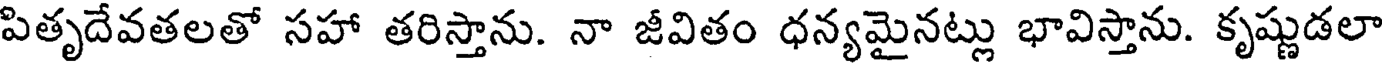
పితృదేవతలతో సహా తరిస్తాను. నా జీవితం ధన్యమైనట్లు భావిస్తాను. కృష్ణుడలా